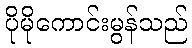
ပိုမိုကောင်းမွန်သည်